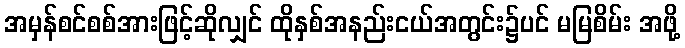
အမှန်စင်စစ်အားဖြင့်ဆိုလျှင် ထိုနှစ်အနည်းငယ်အတွင်း၌ပင် မမြစိမ်း အဖို့